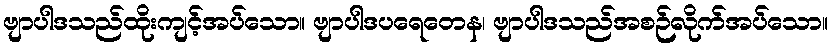
ဗျာပါဒသည်ထိုးကျင့်အပ်သော။ ဗျာပါဒပရေတေန၊ ဗျာပါဒသည်အစဉ်လိုက်အပ်သော။